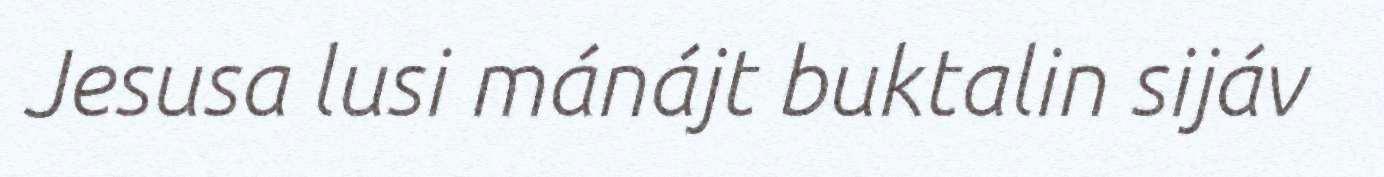
Jesusa lusi mánájt buktalin sijáv